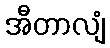
အီတာလျံ